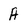
Character: A